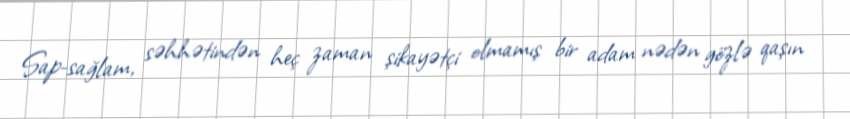
Sap-sağlam, səhhətindən heç zaman şikayətçi olmamış bir adam nədən gözlə qaşın